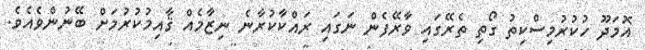
އޮމަދޫ ހުކުރުމިސްކިތު ގޯތި ތެރޭގައި ވާރޭފެން ނަގައި ރައްކާކުރާނެ ނިޒާމެއް ޤާއިމުކުރުމަށް ބޭނުންވެއެވެ.